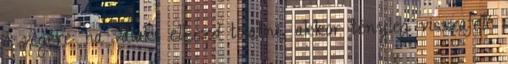
a végére: ha valaki elkezd tolatni, akkor tényleg visszafelé